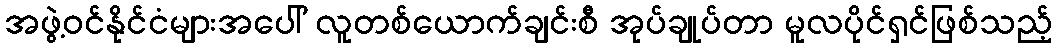
အဖွဲ့ဝင်နိုင်ငံများအပေါ် လူတစ်ယောက်ချင်းစီ အုပ်ချုပ်တာ မူလပိုင်ရှင်ဖြစ်သည့်